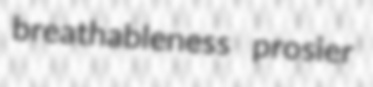
breathableness prosier